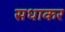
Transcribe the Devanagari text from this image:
सधाकर